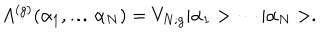
LaTeX: A ^ { ( g ) } ( \alpha _ { 1 } , \ldots \alpha _ { N } ) = V _ { N ; g } | \alpha _ { 1 } > \cdots | \alpha _ { N } > .